Annual report of the Punjab Veterinary College and of the Civil Veterinary Department, Punjab - 1926-1932
Year: 1926
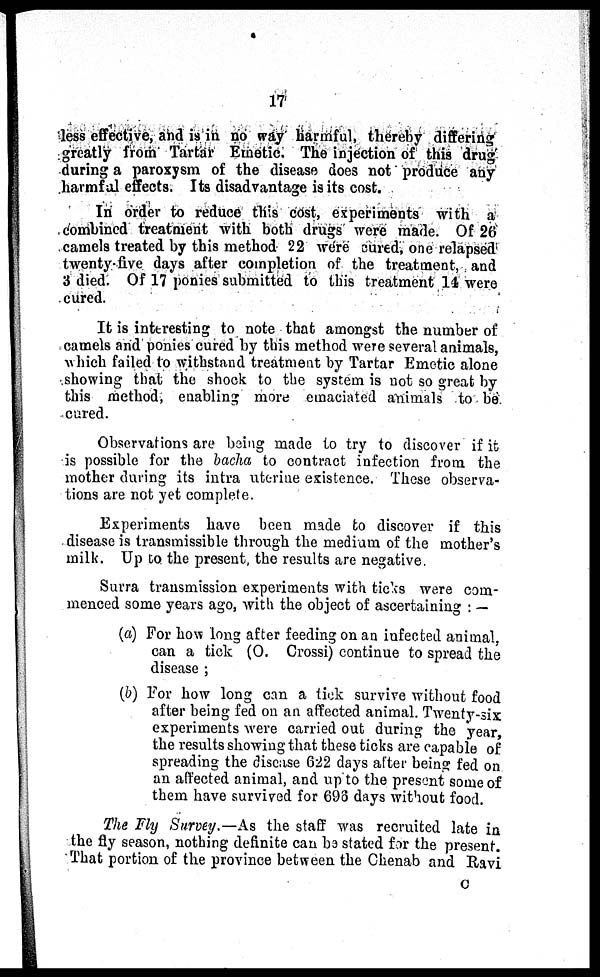
17
less effective, and is in no way harmful, thereby differing
greatly from Tartar Emetic. The injection of this drug
during a paroxysm of the disease does not produce any
harmful effects. Its disadvantage is its cost.
In order to reduce this cost, experiments with a
combined treatment with both drugs were made. Of 26
camels treated by this method 22 were cured, one relapsed
twenty-five days after completion of the treatment, and
3 died. Of 17 ponies submitted to this treatment 14 were
cured.
It is interesting to note that amongst the number of
camels and ponies cured by this method were several animals,
which failed to withstand treatment by Tartar Emetic alone
showing that the shock to the system is not so great by
this method, enabling more emaciated animals to be
cured.
Observations are being made to try to discover if it
is possible for the bacha to contract infection from the
mother during its intra uterine existence. These observa-
tions are not yet complete.
Experiments have been made to discover if this
disease is transmissible through the medium of the mother's
milk. Up to the present, the results are negative.
Surra transmission experiments with ticks were com-
menced some years ago, with the object of ascertaining:—
(a) For how long after feeding on an infected animal.
can a tick (O. Crossi) continue to spread the
disease;
(b) For how long can a tick survive without food
after being fed on an affected animal. Twenty-six:
experiments were carried out during the year,
the results showing that these ticks are capable of
spreading the disease 622 days after being fed on
an affected animal, and up to the present some of
them have survived for 696 days without food.
The Fly Survey.—As the staff was recruited late in
the fly season, nothing definite can be stated for the present.
That portion of the province between the Chenab and Ravi
C